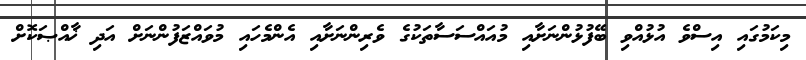
މިކަމުގައި އިސްވެ އުޅުއްވި ބޭފުޅުންނަށާއި މުއައްސަސާތަކުގެ ވެރިންނަށާއި އެންމެހައި މުވައްޒަފުންނަށް އަދި ޚާއްޞަކޮށް